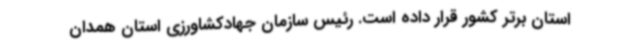
استان برتر کشور قرار داده است. رئیس سازمان جهادکشاورزی استان همدان